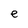
Character: e